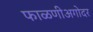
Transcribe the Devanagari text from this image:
फाळणीअगोदर